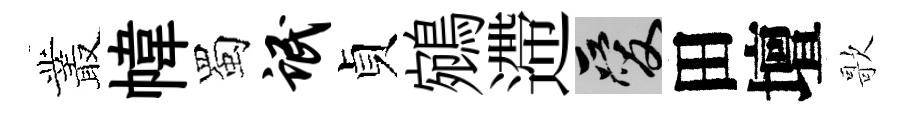
叢幃蜀氓貞鵷遰爱田壇歌